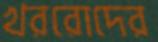
খররোদের